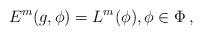
LaTeX: \begin{align*}E^m(g, \phi) = L^m(\phi), \phi \in \Phi\,, \end{align*}